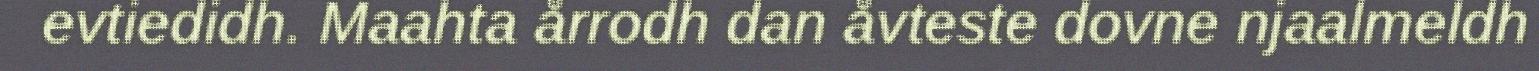
evtiedidh. Maahta årrodh dan åvteste dovne njaalmeldh